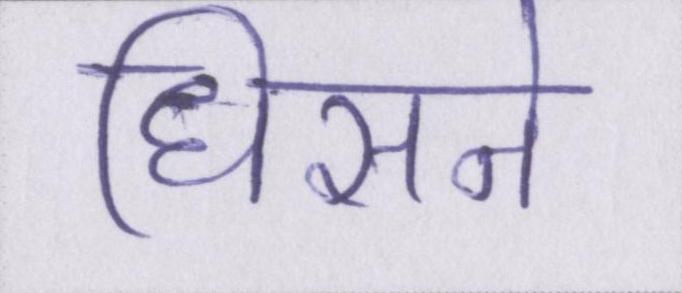
धिसने